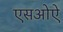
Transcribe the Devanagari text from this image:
एसओऐ